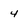
Character: 4